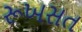
રૂખસત